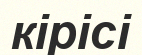
кірісі